Vaccination in Bombay 1856-1862 - 1856-1862
Year: 1856
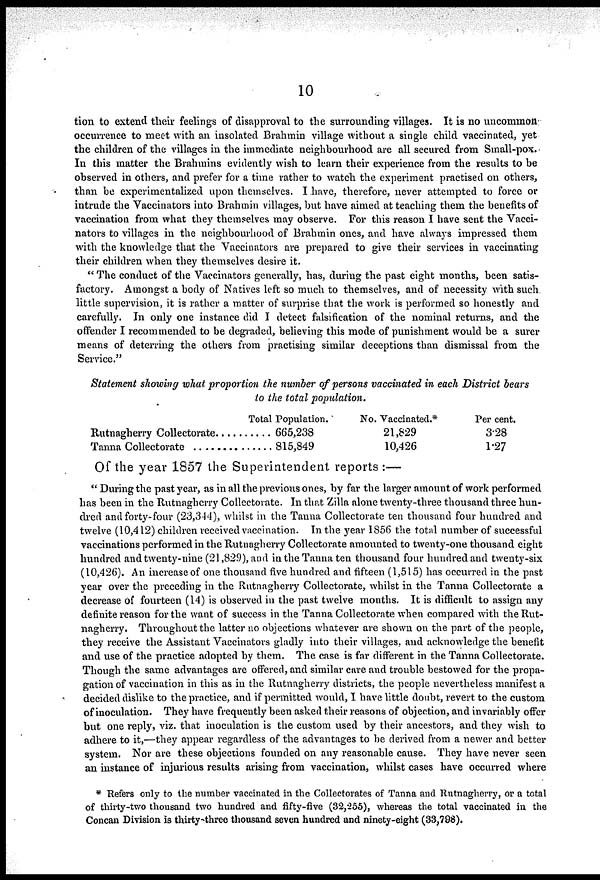
10
tion to extend their feelings of disapproval to the surrounding villages. It is no uncommon
occurrence to meet with an insolated Brahmin village without a single child vaccinated, yet
the children of the villages in the immediate neighbourhood are all secured from Small-pox.
In this matter the Brahmins evidently wish to learn their experience from the results to be
observed in others, and prefer for a time rather to watch the experiment practised on others,
than be experimentalized upon themselves. I have, therefore, never attempted to force or
intrude the Vaccinators into Brahmin villages, but have aimed at teaching them the benefits of
vaccination from what they themselves may observe. For this reason I have sent the Vacci-
nators to villages in the neighbourhood of Brahmin ones, and have always impressed them
with the knowledge that the Vaccinators are prepared to give their services in vaccinating
their children when they themselves desire it.
" The conduct of the Vaccinators generally, has, during the past eight months, been satis-
factory. Amongst a body of Natives left so much to themselves, and of necessity with such,
little supervision, it is rather a matter of surprise that the work is performed so honestly and
carefully. In only one instance did I detect falsification of the nominal returns, and the
offender I recommended to be degraded, believing this mode of punishment would be a surer
means of deterring the others from practising similar deceptions than dismissal from the
Service."
Statement showing what proportion the number of persons vaccinated in each District bears
to the total population.
Rutnagherry Collectorate ..........
Tanna Coollectorate ..............
Total Population.
665,238
815,849
No. Vaccinated.*
21,829
10,426
Per cent.
3.28
1.27
Of the year 1857 the Superintendent reports:—
" During the past year, as in all the previous ones, by far the larger amount of work performed
has been in the Rutnagherry Collectorate. In that Zilla alone twenty-three thousand three hun-
dred and forty-four (23,344), whilst in the Tanna Collectorate ten thousand four hundred and
twelve (10,412) children received vaccination. In the year 1856 the total number of successful
vaccinations performed in the Rutnagherry Collectorate amounted to twenty-one thousand eight
hundred and twenty-nine (21,829), and in the Tanna ten thousand four hundred and twenty-six
(10,426). An increase of one thousand five hundred and fifteen (1,515) has occurred in the past
year over the preceding in the Rutnagherry Collectorate, whilst in the Tanna Collectorate a
decrease of fourteen (14) is observed in the past twelve months. It is difficult to assign any
definite reason for the want of success in the Tanna Collectorate when compared with the Rut-
nagherry. Throughout the latter no objections whatever are shown on the part of the people,
they receive the Assistant Vaccinators gladly into their villages, and acknowledge the benefit
and use of the practice adopted by them. The case is far different in the Tanna Collectorate.
Though the same advantages are offered, and similar care and trouble bestowed for the propa-
gation of vaccination in this as in the Rutnagherry districts, the people nevertheless manifest a
decided dislike to the practice, and if permitted would, I have little doubt, revert to the custom
of inoculation. They have frequently been asked their reasons of objection, and invariably offer
but one reply, viz. that inoculation is the custom used by their ancestors, and they wish to
adhere to it,—they appear regardless of the advantages to be derived from a newer and better
system. Nor are these objections founded on any reasonable cause. They have never seen
an instance of injurious results arising from vaccination, whilst cases have occurred where
* Refers only to the number vaccinated in the Collectorates of Tanna and Rutnagherry, or a total
of thirty-two thousand two hundred and fifty-five (32,255), whereas the total vaccinated in the
Concan Division is thirty-three thousand seven hundred and ninety-eight (33,798).